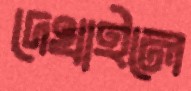
দেখাইলে